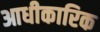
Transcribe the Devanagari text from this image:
आधीकारिक